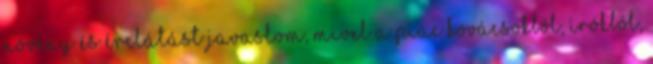
növény és érclátást javaslom, mivel a piac kovácsokból, írókból,